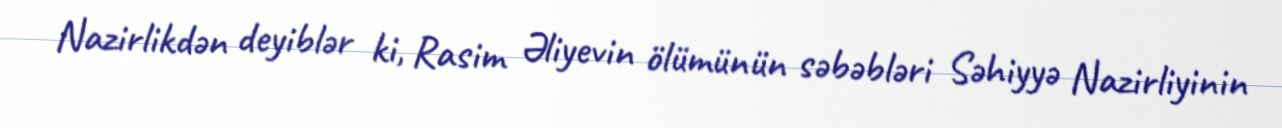
Nazirlikdən deyiblər ki, Rasim Əliyevin ölümünün səbəbləri Səhiyyə Nazirliyinin